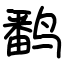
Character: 𬸪